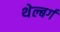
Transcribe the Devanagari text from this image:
थेल्बर्ग